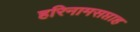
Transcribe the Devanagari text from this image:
हरिनामसप्ताह